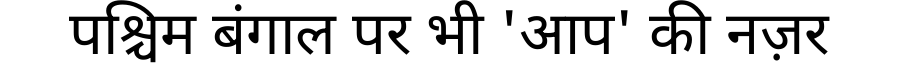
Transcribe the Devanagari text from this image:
पश्चिम बंगाल पर भी 'आप' की नज़र